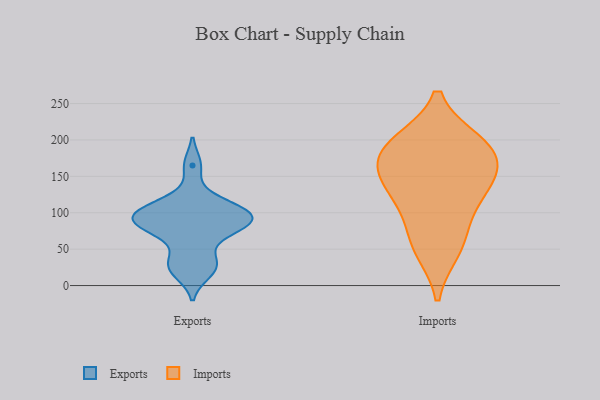
{"axis": {"x": "Budget (USD K)", "y": "Value"}, "legend": ["Exports", "Imports"], "data": [{"x": "", "y": 85, "type": "Exports"}, {"x": "", "y": 30, "type": "Exports"}, {"x": "", "y": 100, "type": "Exports"}, {"x": "", "y": 165, "type": "Exports"}, {"x": "", "y": 116, "type": "Exports"}, {"x": "", "y": 32, "type": "Exports"}, {"x": "", "y": 78, "type": "Exports"}, {"x": "", "y": 18, "type": "Exports"}, {"x": "", "y": 104, "type": "Exports"}, {"x": "", "y": 92, "type": "Exports"}, {"x": "", "y": 99, "type": "Exports"}, {"x": "", "y": 70, "type": "Exports"}, {"x": "", "y": 89, "type": "Exports"}, {"x": "", "y": 189, "type": "Imports"}, {"x": "", "y": 127, "type": "Imports"}, {"x": "", "y": 50, "type": "Imports"}, {"x": "", "y": 62, "type": "Imports"}, {"x": "", "y": 193, "type": "Imports"}, {"x": "", "y": 148, "type": "Imports"}, {"x": "", "y": 196, "type": "Imports"}, {"x": "", "y": 107, "type": "Imports"}, {"x": "", "y": 172, "type": "Imports"}, {"x": "", "y": 150, "type": "Imports"}]}